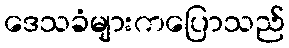
ဒေသခံများကပြောသည်